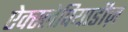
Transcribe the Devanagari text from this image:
ऐक्स्लेपियाडीज़